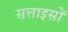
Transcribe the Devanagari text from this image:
सत्ताइसों